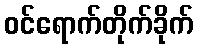
ဝင်ရောက်တိုက်ခိုက်